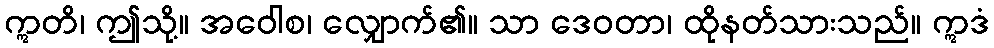
ဣတိ၊ ဤသို့။ အဝေါစ၊ လျှောက်၏။ သာ ဒေဝတာ၊ ထိုနတ်သားသည်။ ဣဒံ